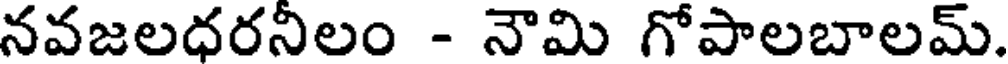
నవజలధరనీలం - నౌమి గోపాలబాలమ్.